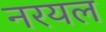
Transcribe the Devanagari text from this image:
नरयल